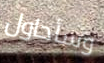
وسأحاول